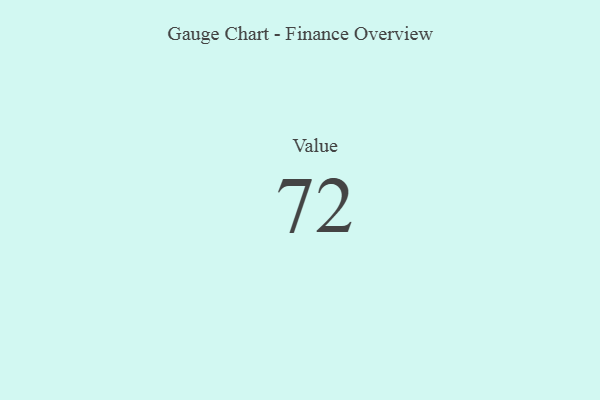
{"axis": {"x": "Metric", "y": "Value"}, "legend": [""], "data": [{"x": "Value", "y": 72, "type": ""}]}